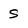
Character: s